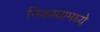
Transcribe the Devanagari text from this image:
निकायामध्ये